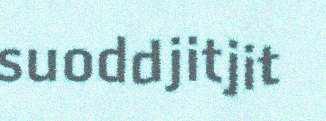
suoddjitjit